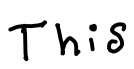
Text: This
Cross-out: clean
Writing tool: digital_black